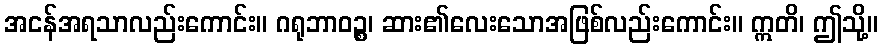
အငန်အရသာလည်းကောင်း။ ဂရုဘာဝဉ္စ၊ ဆား၏လေးသောအဖြစ်လည်းကောင်း။ ဣတိ၊ ဤသို့။